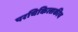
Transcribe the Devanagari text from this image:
परचिकित्सकीय